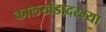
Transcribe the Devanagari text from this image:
कालखंडादरम्या